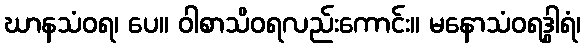
ဃာနသံဝရ၊ ပေ။ ဝါစာသိဝရလည်းကောင်း။ မနောသံဝရဒွါရံ၊